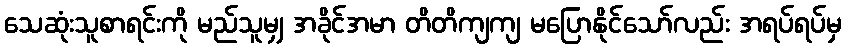
သေဆုံးသူစာရင်းကို မည်သူမျှ အခိုင်အမာ တိတိကျကျ မပြောနိုင်သော်လည်း အရပ်ရပ်မှ